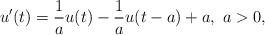
LaTeX: \begin{align*} u' (t) = \frac{1}{a} u(t) - \frac{1}{a} u(t-a) +a, \ a>0,\end{align*}